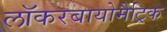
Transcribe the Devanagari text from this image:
लॉकरबायोमैट्रिक